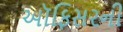
ઑફિસરની